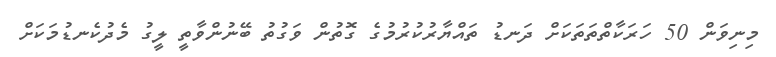
މިނިވަން 50 ހަރަކާތްތަތަކަށް ދަނޑު ތައްޔާރުކުރުމުގެ ގޮތުން ވަގުތު ބޭނުންވާތީ ލީގު މެދުކެނޑުމަކަށް